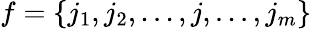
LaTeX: f=\{ j_{1},j_{2},...,j,...,j_{m}\}